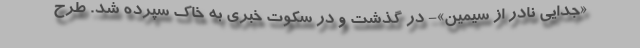
«جدایی نادر از سیمین»- در گذشت و در سکوت خبری به خاک سپرده شد. طرح